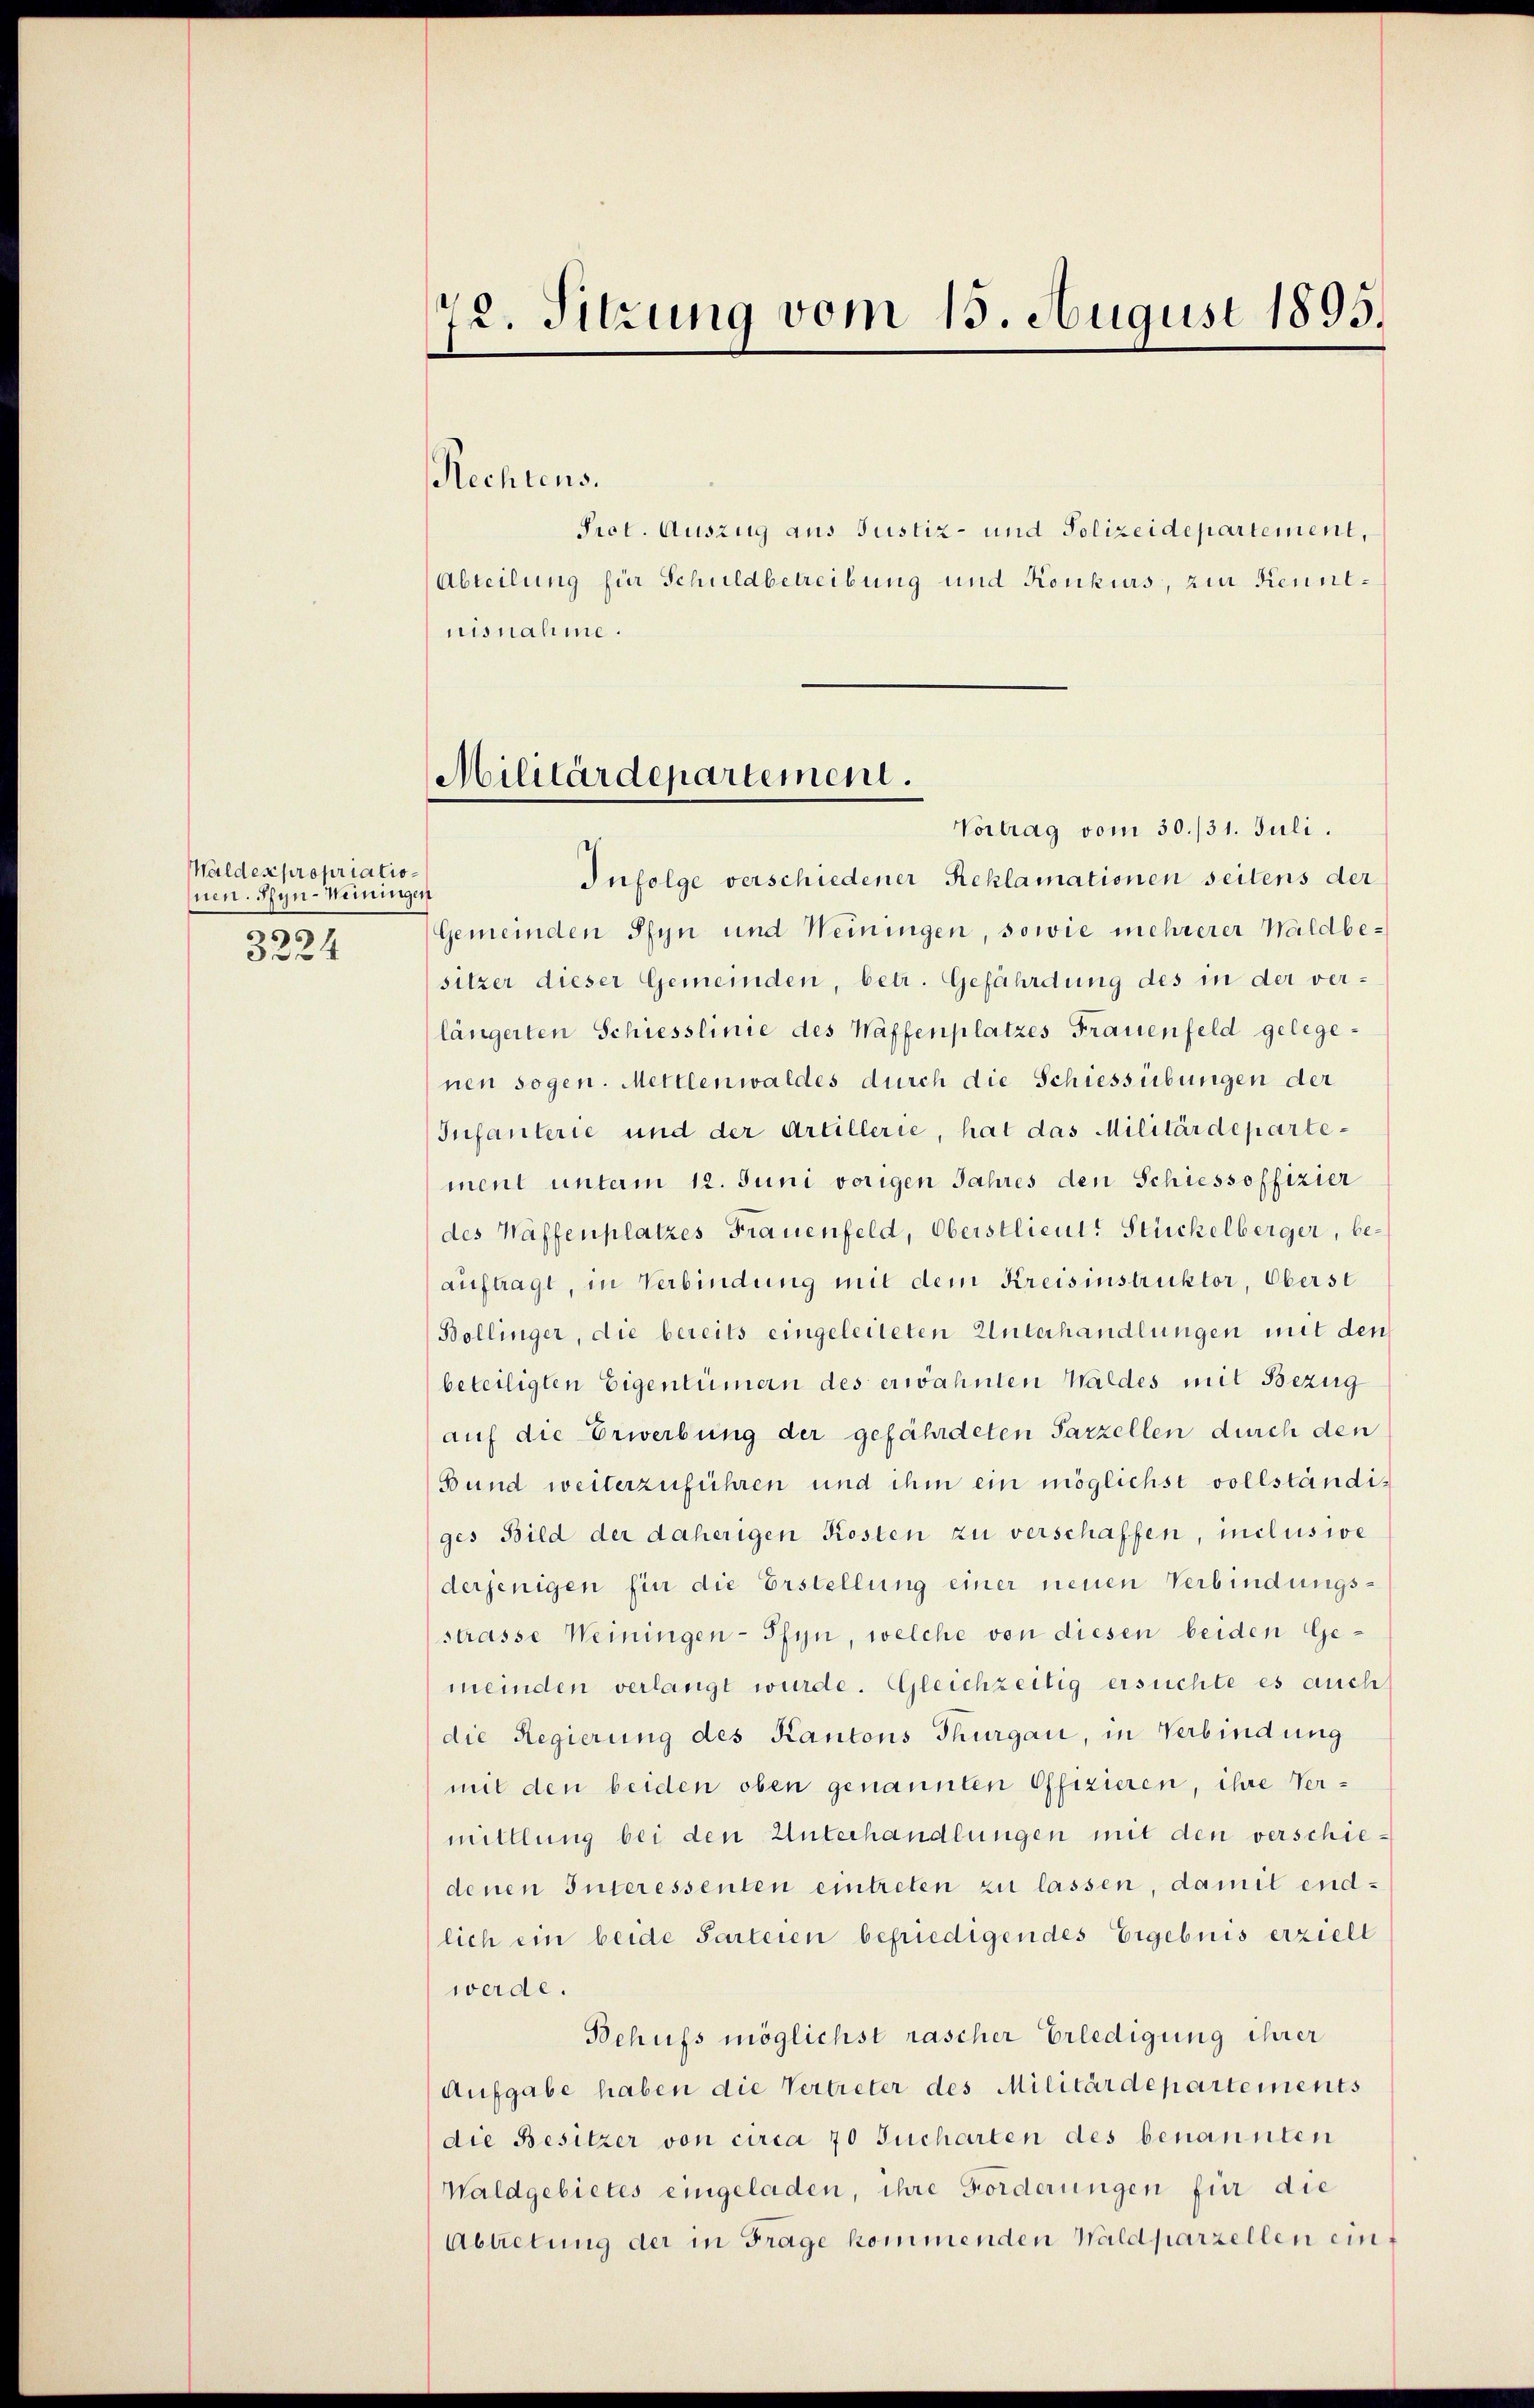
Waldes propriationen. Syn-Meiningen
3224

72. Sitzung vom 15. August 1895.

Rechtens.

nisnahme.

Prot. Auszug aus Justiz- und Polizeidepartement,
Abteilung für Schuldbetreibung und Konkurs, zur Kennt¬

Militärdepartement.

Vortrag vom 30./31. Juli.
Infolge verschiedener Reklamationen seitens der
Gemeinden Pfyn und Weiningen, sowie mehrerer Waldbesitzer dieser Gemeinden, betr. Gefährdung des in der verlängerten Schiesslinie des Waffenplatzes Frauenfeld gelegenen sogen. Mettlenwaldes durch die Schiessübungen der
Infanterie und der Artillerie, hat das Militärdepartement unterm 12. Juni vorigen Jahres den Schiessoffizier
des Waffenplatzes Frauenfeld, Oberstlieut. Stückelberger, beauftragt, in Verbindung mit dem Kreisinstruktor, Oberst
Bollinger, die bereits eingeleiteten Unterhandlungen mit den
beteiligten Eigentümern des erwähnten Waldes mit Bezug
auf die Erwerbung der gefährdeten Parzellen durch den
Bund weiterzuführen und ihm ein möglichst vollständiges Bild der daherigen Kosten zu verschaffen, inclusie
derjenigen fin die Erstellung einer neuen Verbindungsstrasse Weiningen-Pfyn, welche von diesen beiden Gemeinden verlangt wurde. Gleichzeitig ersuchte es auch
die Regierung des Kantons Thurgau, in Verbindung
mit den beiden oben genannten Offizieren, ihre Vermittlung bei den Unterhandlungen mit den verschiedenen Interessenten eintreten zu lassen, damit endlich ein beide Parteien befriedigendes Ergebnis erziell
werde.
Behufs möglichst rascher Erledigung ihrer
Aufgabe haben die Vertreter des Militärdepartements
die Besitzer von circa 70 Jucharten des benannten
Waldgebietes eingeladen, ihre Forderungen für die
Abtretung der in Frage kommenden Waldparzellen ein¬